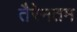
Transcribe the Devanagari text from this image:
तैरेनतम